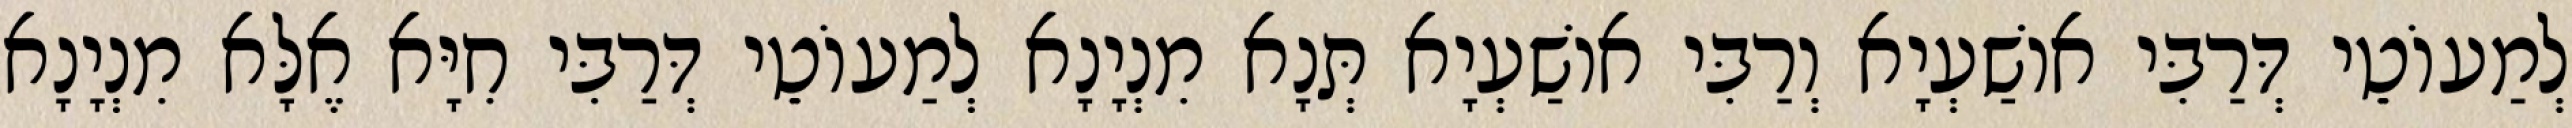
לְמַעוֹטֵי דְּרַבִּי אוֹשַׁעְיָא וְרַבִּי אוֹשַׁעְיָא תְּנָא מִנְיָנָא לְמַעוֹטֵי דְּרַבִּי חִיָּא אֶלָּא מִנְיָנָא